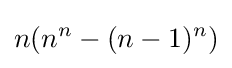
n(n^{n}-(n-1)^{n})